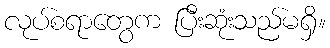
လုပ်စရာတွေက ပြီးဆုံးသည်မရှိ။